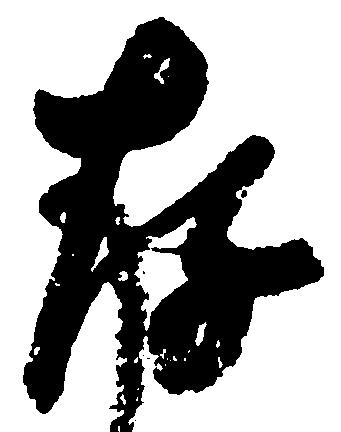
存